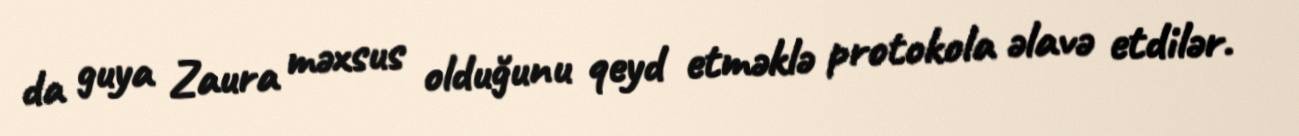
da guya Zaura məxsus olduğunu qeyd etməklə protokola əlavə etdilər.